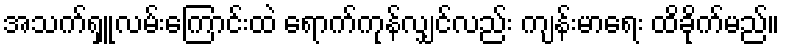
အသက်ရှူလမ်းကြောင်းထဲ ရောက်ကုန်လျှင်လည်း ကျန်းမာရေး ထိခိုက်မည်။